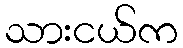
သားငယ်က